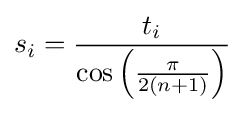
s_{i}={\frac {t_{i}}{\cos \left({\frac {\pi }{2(n+1)}}\right)}}